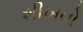
શીખવો